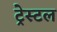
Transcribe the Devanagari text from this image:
ट्रेस्टल